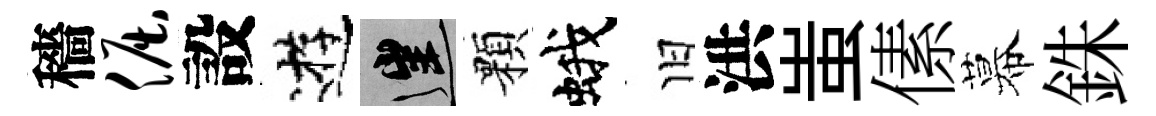
穡倔設逰往顆蛾旧洪蚩傃幕銖